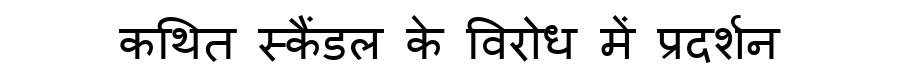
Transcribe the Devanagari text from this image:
कथित स्कैंडल के विरोध में प्रदर्शन